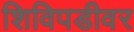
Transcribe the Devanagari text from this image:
शिविपडीवर